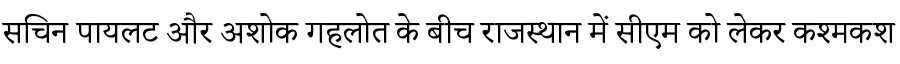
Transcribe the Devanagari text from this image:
सचिन पायलट और अशोक गहलोत के बीच राजस्थान में सीएम को लेकर कश्मकश